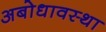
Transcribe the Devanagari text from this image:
अबोधावस्था